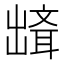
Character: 𰄘